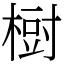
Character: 𣗳